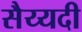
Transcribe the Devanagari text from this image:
सैय्यदी